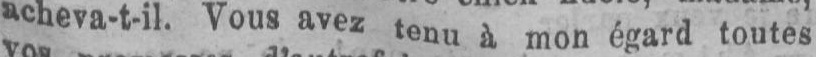
acheva-t-il. Vous avez tenu à mon égard toutes